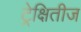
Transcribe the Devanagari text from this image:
ट्रेक्षितीज